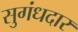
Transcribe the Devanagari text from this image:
सुगंधदार